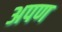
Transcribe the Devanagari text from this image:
अपण